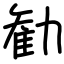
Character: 勧